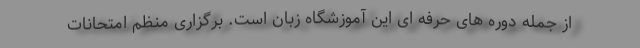
از جمله دوره های حرفه ای این آموزشگاه زبان است. برگزاری منظم امتحانات